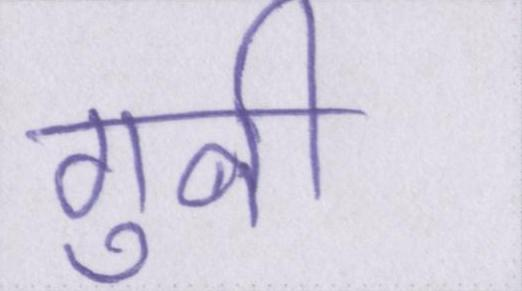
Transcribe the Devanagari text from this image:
गुनी